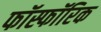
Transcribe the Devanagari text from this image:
फॉस्फॉरिक